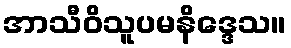
အာသီဝိသူပမနိဒ္ဒေသ။